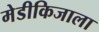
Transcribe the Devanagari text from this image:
मेडीकिजाला